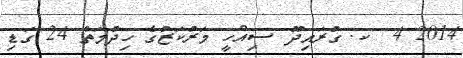
2014 4  ކ. ގުރައިދޫ ސިއްހީ މަރުކަޒުގެ ހިދުމަތް 24 ގަޑި